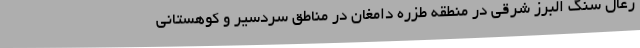
زغال سنگ البرز شرقی در منطقه طزره دامغان در مناطق سردسیر و کوهستانی